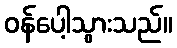
ဝန်ပေါ့သွားသည်။